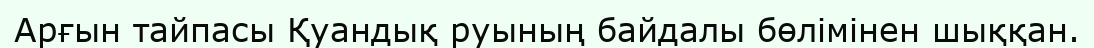
Арғын тайпасы Қуандық руының байдалы бөлімінен шыққан.